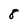
Character: 8